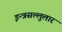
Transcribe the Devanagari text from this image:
इन्त्रसल्लुलार